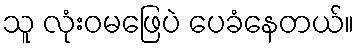
သူ လုံးဝမဖြေပဲ ပေခံနေတယ်။